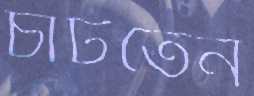
চাটতেন